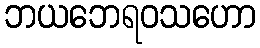
ဘယဘေရဝသဟော